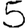
Digit: 5